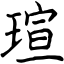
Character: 瑄